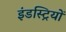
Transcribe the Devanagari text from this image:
इंडस्ट्रियों